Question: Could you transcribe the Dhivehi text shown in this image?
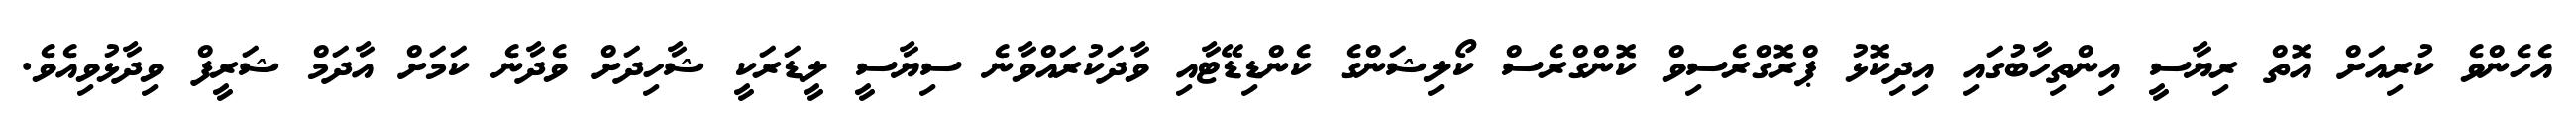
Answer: އެހެންވެ ކުރިއަށް އޮތް ރިޔާސީ އިންތިހާބުގައި އިދިކޮޅު ޕްރޮގްރެސިވް ކޮންގްރެސް ކޯލިޝަންގެ ކެންޑިޑޭޓާއި ވާދަކުރައްވާނެ ސިޔާސީ ލީޑަރަކީ ޝާހިދަށް ވެދާނެ ކަމަށް އާދަމް ޝަރީފް ވިދާޅުވިއެވެ.